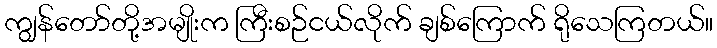
ကျွန်တော်တို့အမျိုးက ကြီးစဉ်ငယ်လိုက် ချစ်ကြောက် ရိုသေကြတယ်။